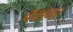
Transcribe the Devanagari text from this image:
कशगर